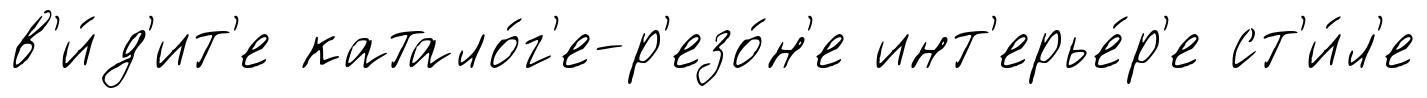
в'и́д'ит'е катало́г'е-р'езо́н'е инт'ерье́р'е ст'и́л'е